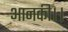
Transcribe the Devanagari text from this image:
आनकी।।